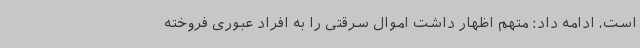
است، ادامه داد: متهم اظهار داشت اموال سرقتی را به افراد عبوری فروخته